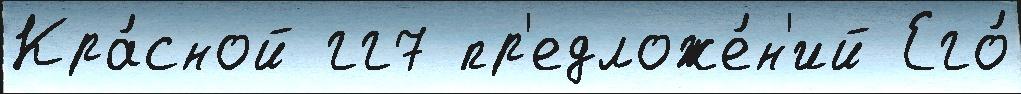
Кра́сной гг7 пр'едложе́н'ий Его́